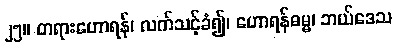
၂၅။ တရားဟောရန်၊ လက်သင့်ခံ၍၊ ဟောရန်ဓမ္မ၊ ဘယ်ဒေသ